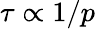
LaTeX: \tau\propto 1/p